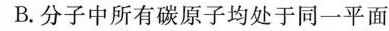
B.分子中所有碳原子均处于同一平面